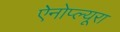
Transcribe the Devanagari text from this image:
ऐनोप्ल्यूरा